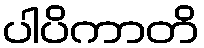
ပါပိကာတိ